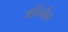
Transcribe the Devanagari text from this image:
अनिर्बन